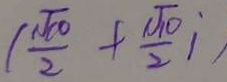
( \frac { \sqrt { 1 0 } } { 2 } + \frac { ( \sqrt { 1 0 } ) } { 2 } i )